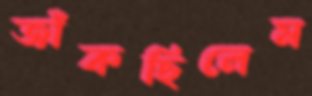
জাঁকছিলেম